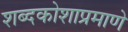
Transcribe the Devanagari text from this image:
शब्दकोशाप्रमाणे